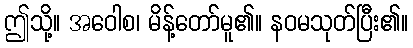
ဤသို့။ အဝေါစ၊ မိန့်တော်မူ၏။ နဝမသုတ်ပြီး၏။